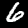
Label: 6